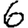
Digit: 6